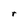
Character: r